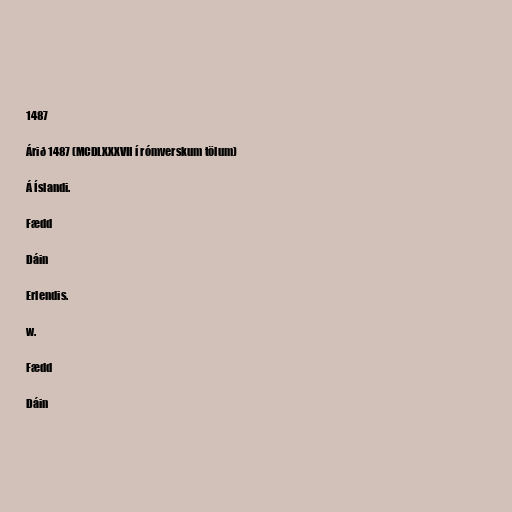
1487

Árið 1487 (MCDLXXXVII í rómverskum tölum)

Á Íslandi.

Fædd

Dáin

Erlendis.

w.

Fædd

Dáin